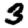
Digit: 3